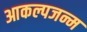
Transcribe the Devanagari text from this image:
आकल्पजन्म